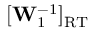
[ \mathbf { W } _ { 1 } ^ { - 1 } ] _ { \mathrm { R T } }